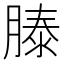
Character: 𬛍